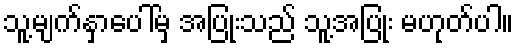
သူ့မျက်နှာပေါ်မှ အပြုံးသည် သူ့အပြုံး မဟုတ်ပါ။